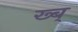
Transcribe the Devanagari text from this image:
ख्ब्